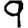
Digit: 9